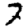
Digit: 7